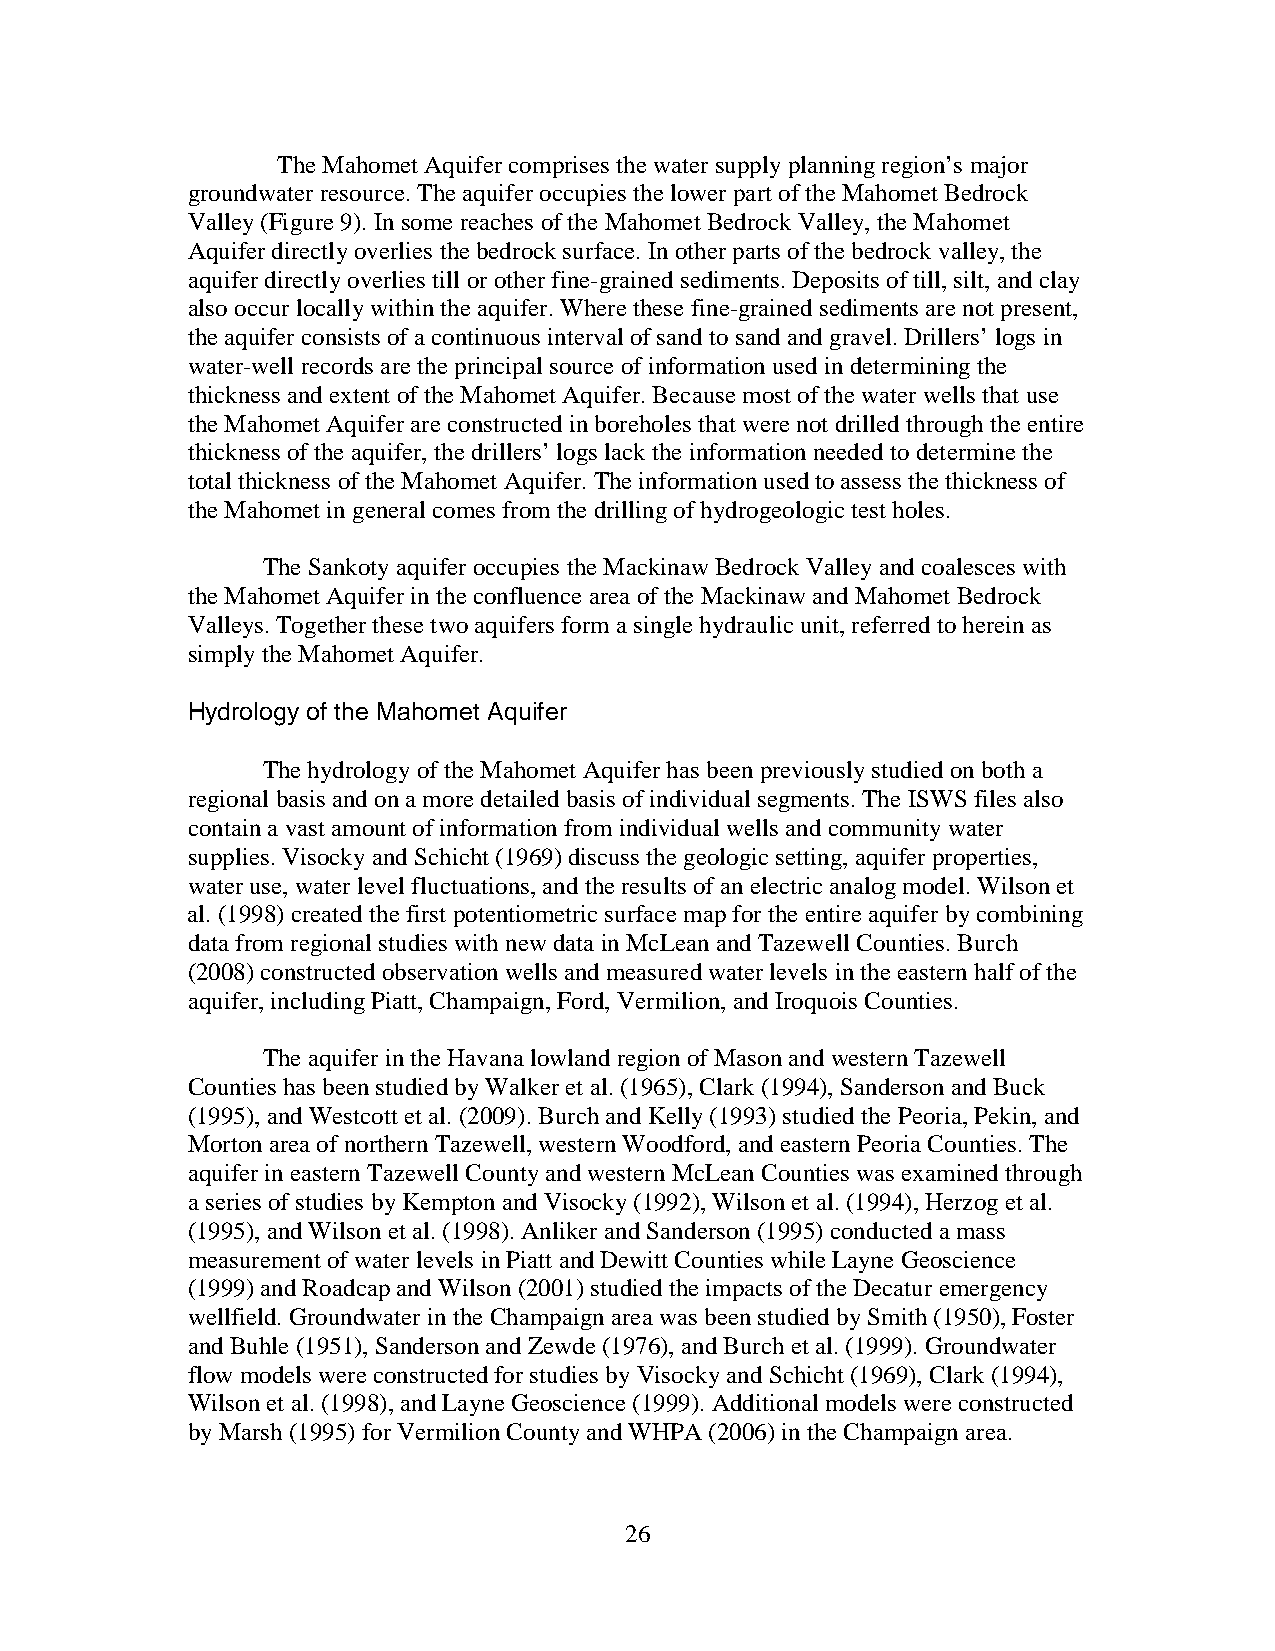
The Mahomet Aquifer comprises the water supply planning region’s major
 groundwater resource. The aquifer occupies the lower part of the Mahomet Bedrock
 Valley (Figure 9). In some reaches of the Mahomet Bedrock Valley, the Mahomet
 Aquifer directly overlies the bedrock surface. In other parts of the bedrock valley, the
 aquifer directly overlies till or other fine-grained sediments. Deposits of till, silt, and clay
 also occur locally within the aquifer. Where these fine-grained sediments are not present,
 the aquifer consists of a continuous interval of sand to sand and gravel. Drillers’ logs in
 water-well records are the principal source of information used in determining the
 thickness and extent of the Mahomet Aquifer. Because most of the water wells that use
 the Mahomet Aquifer are constructed in boreholes that were not drilled through the entire
 thickness of the aquifer, the drillers’ logs lack the information needed to determine the
 total thickness of the Mahomet Aquifer. The information used to assess the thickness of
 the Mahomet in general comes from the drilling of hydrogeologic test holes.
 The Sankoty aquifer occupies the Mackinaw Bedrock Valley and coalesces with
 the Mahomet Aquifer in the confluence area of the Mackinaw and Mahomet Bedrock
 Valleys. Together these two aquifers form a single hydraulic unit, referred to herein as
 simply the Mahomet Aquifer.
 Hydrology of the Mahomet Aquifer
 The hydrology of the Mahomet Aquifer has been previously studied on both a
 regional basis and on a more detailed basis of individual segments. The ISWS files also
 contain a vast amount of information from individual wells and community water
 supplies. Visocky and Schicht (1969) discuss the geologic setting, aquifer properties,
 water use, water level fluctuations, and the results of an electric analog model. Wilson et
 al. (1998) created the first potentiometric surface map for the entire aquifer by combining
 data from regional studies with new data in McLean and Tazewell Counties. Burch
 (2008) constructed observation wells and measured water levels in the eastern half of the
 aquifer, including Piatt, Champaign, Ford, Vermilion, and Iroquois Counties.
 The aquifer in the Havana lowland region of Mason and western Tazewell
 Counties has been studied by Walker et al. (1965), Clark (1994), Sanderson and Buck
 (1995), and Westcott et al. (2009). Burch and Kelly (1993) studied the Peoria, Pekin, and
 Morton area of northern Tazewell, western Woodford, and eastern Peoria Counties. The
 aquifer in eastern Tazewell County and western McLean Counties was examined through
 a series of studies by Kempton and Visocky (1992), Wilson et al. (1994), Herzog et al.
 (1995), and Wilson et al. (1998). Anliker and Sanderson (1995) conducted a mass
 measurement of water levels in Piatt and Dewitt Counties while Layne Geoscience
 (1999) and Roadcap and Wilson (2001) studied the impacts of the Decatur emergency
 wellfield. Groundwater in the Champaign area was been studied by Smith (1950), Foster
 and Buhle (1951), Sanderson and Zewde (1976), and Burch et al. (1999). Groundwater
 flow models were constructed for studies by Visocky and Schicht (1969), Clark (1994),
 Wilson et al. (1998), and Layne Geoscience (1999). Additional models were constructed
 by Marsh (1995) for Vermilion County and WHPA (2006) in the Champaign area.
 26